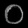
Digit: ၀